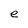
Character: e